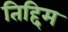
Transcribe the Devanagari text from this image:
तिद्दिम